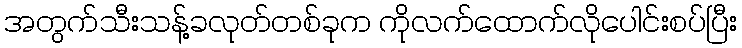
အတွက်သီးသန့်ခလုတ်တစ်ခုက ကိုလက်ထောက်လိုပေါင်းစပ်ပြီး